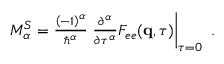
\begin{array} { r } { M _ { \alpha } ^ { S } = \frac { \left( - 1 \right) ^ { \alpha } } { \hbar ^ { \alpha } } \left. \frac { \partial ^ { \alpha } } { \partial \tau ^ { \alpha } } F _ { e e } ( \mathbf { q } , \tau ) \right| _ { \tau = 0 } \ . } \end{array}